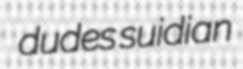
dudes suidian